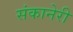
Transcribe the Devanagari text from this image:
संकानेरी